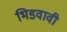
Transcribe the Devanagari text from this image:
भिडवावी